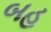
બહ